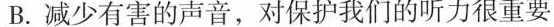
B.减少有害的声音，对保护我们的听力很重要